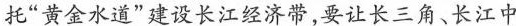
托”黄金水道”建设长江经济带，要让长三角、长江中